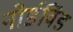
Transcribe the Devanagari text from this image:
नोर्डविंड